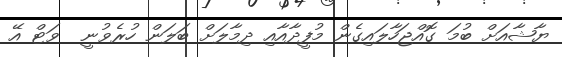
ޔާޝާއަށް ބުމަ ގޮއްޖަހާލައިގެން މުފީދާއާއި ދިމާލަށް ބަލަން ހުރެވުނީ  ވަޓް އޭ